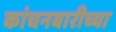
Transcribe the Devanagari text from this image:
कांचनबारीच्या